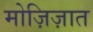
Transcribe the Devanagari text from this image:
मोज़िज़ात